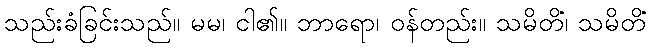
သည်းခံခြင်းသည်။ မမ၊ ငါ၏။ ဘာရော၊ ဝန်တည်း။ သမိတိံ၊ သမိတိံ